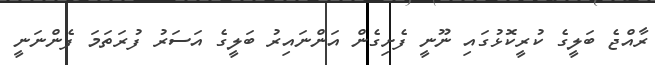
ރާއްޖެ ބަލީގެ ކުރީކޮޅުގައި ނޫނީ ފެށިގެން އަންނައިރު ބަލީގެ އަސަރު ފުރަތަމަ ފެންނަނީ